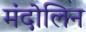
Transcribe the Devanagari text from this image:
मंदोलिन